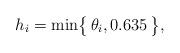
LaTeX: \begin{align*} h_i=\min\bigl\{\,\theta_i,0.635\,\bigr\},\end{align*}